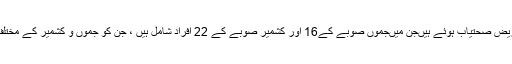
اِس دوران جمعہ کو مزید38 مریض صحتیاب ہوئے ہیںجن میںجموں صوبے کے16 اور کشمیر صوبے کے 22 اَفراد شامل ہیں ، جن کو جموں و کشمیر کے مختلف ہسپتالوں سے رخصت کیا گیا۔